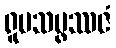
ရူပသမ္ဖဿဇံ